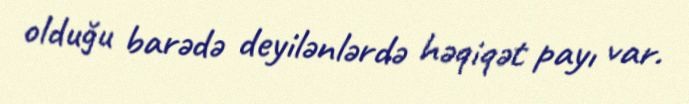
olduğu barədə deyilənlərdə həqiqət payı var.